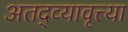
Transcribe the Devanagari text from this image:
अतद्व्यावृत्त्या